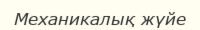
Механикалық жүйе